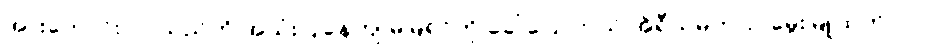
အားကောင်းလာသည်ကို အသုံးပြုနေကျ မမြရင်ကို ခေါ်ပြောတယ် အိုရီယမ်တယ် မွေးမြူထုတ်လုပ်